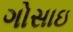
ગોસાઇ